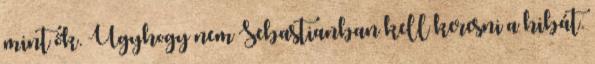
mint ők. Úgyhogy nem Sebastianban kell keresni a hibát.